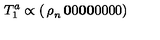
T _ { 1 } ^ { a } \propto \left( \begin{matrix} { { \bf \rho } _ { n } } & { { \bf 0 } } & { 0 } \\ { { \bf 0 } } & { { \bf 0 } } & { 0 } \\ { 0 } & { 0 } & { 0 } \\ \end{matrix} \right)